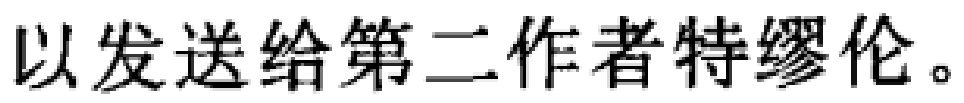
以发送给第二作者特缪伦。